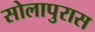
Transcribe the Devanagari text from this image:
सोलापुरास